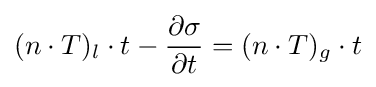
(n\cdot T)_{l}\cdot t-{\frac {\partial \sigma }{\partial t}}=(n\cdot T)_{g}\cdot t